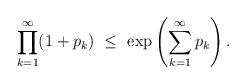
LaTeX: \begin{align*} \prod_{k=1}^\infty (1+p_k)\ \le \ \exp \left( \sum_{k=1}^\infty p_k\right).\end{align*}